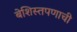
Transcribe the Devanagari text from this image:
बेशिस्तपणाची